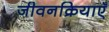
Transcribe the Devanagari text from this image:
जीवनक्रियाएँ